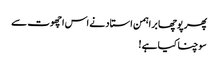
پھر پوچھا براہمن استاد نے اس اچھوت سے
سوچنا کیا ہے !